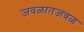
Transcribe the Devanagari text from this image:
जवळातजवळ